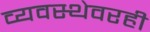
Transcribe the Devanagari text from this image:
व्यवस्थेवरही